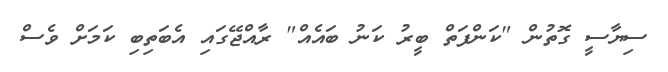
ސިޔާސީ ގޮތުން "ކަންފަތް ބީރު ކަނު ބައެއް" ރާއްޖޭގައި އެބަތިބި ކަމަށް ވެސް